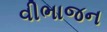
વીભાજન